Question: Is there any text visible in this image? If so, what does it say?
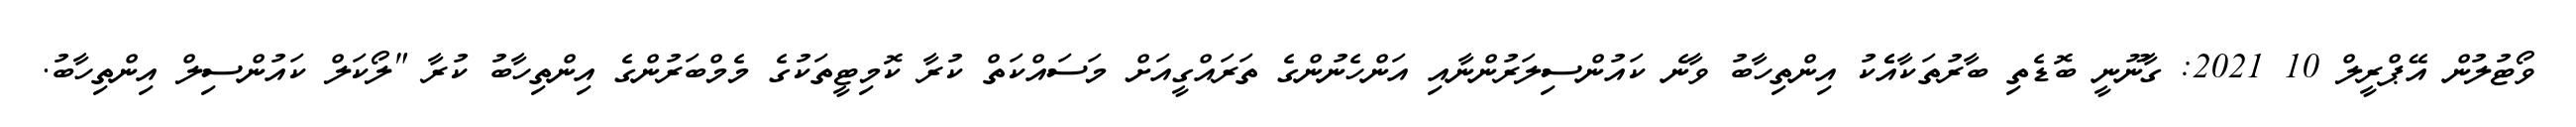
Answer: ވޯޓުލުން އޭޕްރީލް 10 2021: ގާނޫނީ ބޮޑެތި ބާރުތަކާއެެކު އިންތިހާބު ވާނެ ކައުންސިލަރުންނާއި އަންހެނުންގެ ތަރައްގީއަށް މަސައްކަތް ކުރާ ކޮމިޓީތަކުގެ މެމްބަރުންގެ އިންތިހާބު ކުރާ "ލޯކަލް ކައުންސިލް އިންތިހާބު.